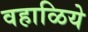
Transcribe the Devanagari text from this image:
वहाळिये